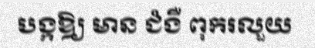
បង្កឱ្យ មាន ជំងឺ ពុករលួយ